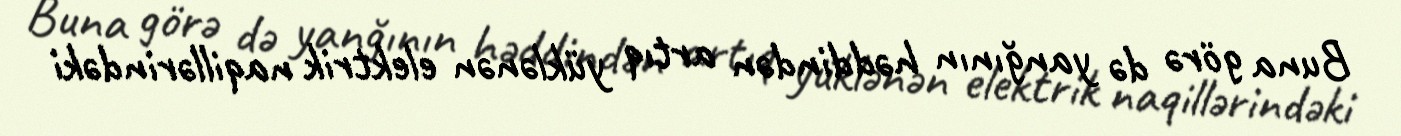
Buna görə də yanğının həddindən artıq yüklənən elektrik naqillərindəki